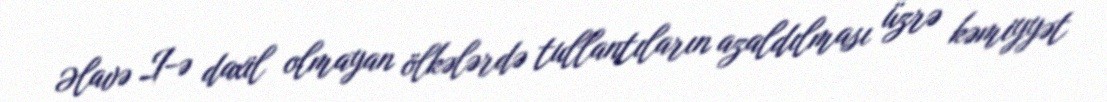
Əlavə I-ə daxil olmayan ölkələrdə tullantıların azaldılması üzrə kəmiyyət